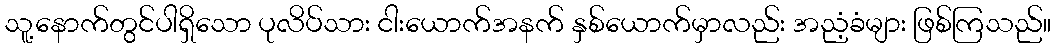
သူ့နောက်တွင်ပါရှိသော ပုလိပ်သား ငါးယောက်အနက် နှစ်ယောက်မှာလည်း အညံ့ခံများ ဖြစ်ကြသည်။